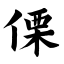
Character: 傈